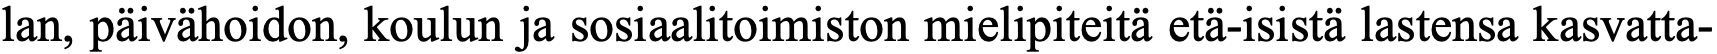
lan, päivähoidon, koulun ja sosiaalitoimiston mielipiteitä etä-isistä lastensa kasvatta-